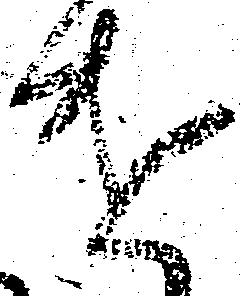
遣